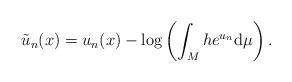
LaTeX: \begin{align*}\tilde{u}_n(x)=u_n(x)-\log\left(\int_Mhe^{u_n}\mathrm{d}\mu\right).\end{align*}